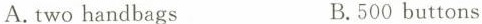
A. two handbags B. 500 buttons